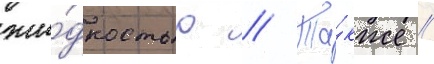
жи́дкостью // Та́кже /